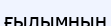
ғылымның